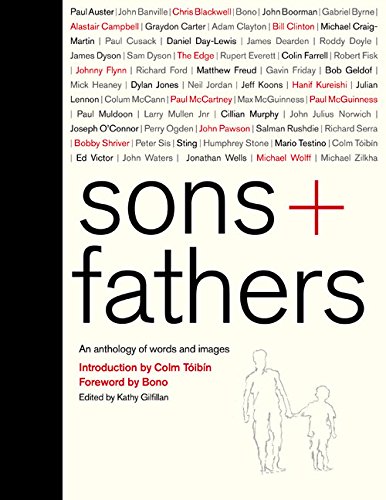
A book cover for Sons + Fathers: An Anthology of Words and Images; Kathy Gilfillan; Literature & Fiction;